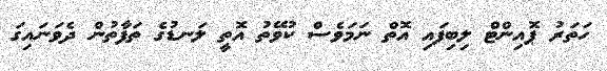
ހަތަރު ޕޮއިންޓް ލިބިފައި އޮތް ނަމަވެސް ކުވޭތު އޮތީ ލަނޑުގެ ތަފާތުން ދެވަނައިގަ